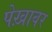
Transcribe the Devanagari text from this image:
पेख़ावर